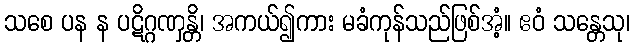
သစေ ပန န ပဋိဂ္ဂဏှန္တိ၊ အကယ်၍ကား မခံကုန်သည်ဖြစ်အံ့။ ဧဝံ သန္တေသု၊